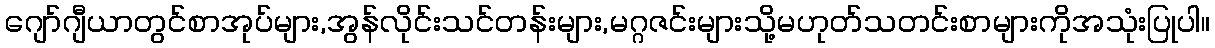
ဂျော်ဂျီယာတွင်စာအုပ်များ,အွန်လိုင်းသင်တန်းများ,မဂ္ဂဇင်းများသို့မဟုတ်သတင်းစာများကိုအသုံးပြုပါ။